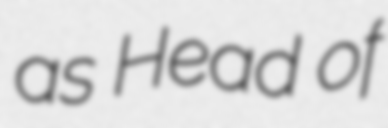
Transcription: as Head of